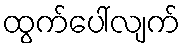
ထွက်ပေါ်လျက်